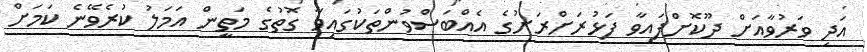
އަދި ވަރުވާއަށް ދޫކޮށްފައިވާ ފަޅުރަށްރަށުގެ އެއްބަސްވުންތަކުގައިވާ ގޮތުގެ މަތީން އަމަލު ކުރެވޭނެ ކަމަށް